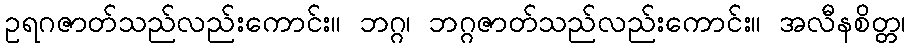
ဥရဂဇာတ်သည်လည်းကောင်း။ ဘဂ္ဂ၊ ဘဂ္ဂဇာတ်သည်လည်းကောင်း။ အလီနစိတ္တ၊